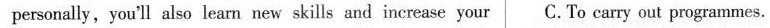
personally,you'll also learn new skills and increase your C. To carry out programmes.